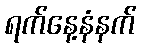
ရက်နေ့နံနက်